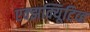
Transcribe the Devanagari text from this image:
एक्झक्यिूटिव्ह